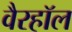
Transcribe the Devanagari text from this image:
वैरहॉल